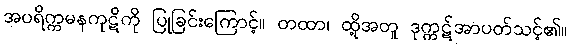
အပရိက္ကမနကုဋိကို ပြုခြင်းကြောင့်။ တထာ၊ ထို့အတူ ဒုက္ကဋ်အာပတ်သင့်၏။